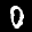
Label: 0